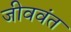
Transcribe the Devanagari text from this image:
जीववंत